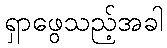
ရှာဖွေသည့်အခါ